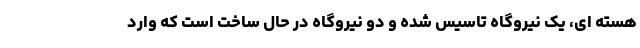
هسته ای، یک نیروگاه تاسیس شده و دو نیروگاه در حال ساخت است که وارد